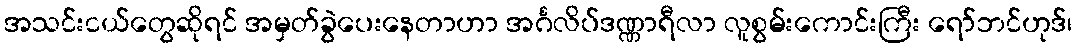
အသင်းငယ်တွေဆိုရင် အမှတ်ခွဲပေးနေတာဟာ အင်္ဂလိပ်ဒဏ္ဏာရီလာ လူစွမ်းကောင်းကြီး ရော်ဘင်ဟုဒ်၊